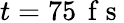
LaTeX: t=75\, \mathrm{~f~s~}